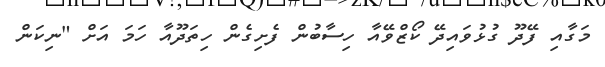
މަގާއި ފޭދޫ ގުޅުވައިދޭ ކޯޒްވޭއާ ހިސާބުން ފެށިގެން ހިތަދޫއާ ހަމަ އަށް "ނިކަން